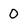
Character: 0